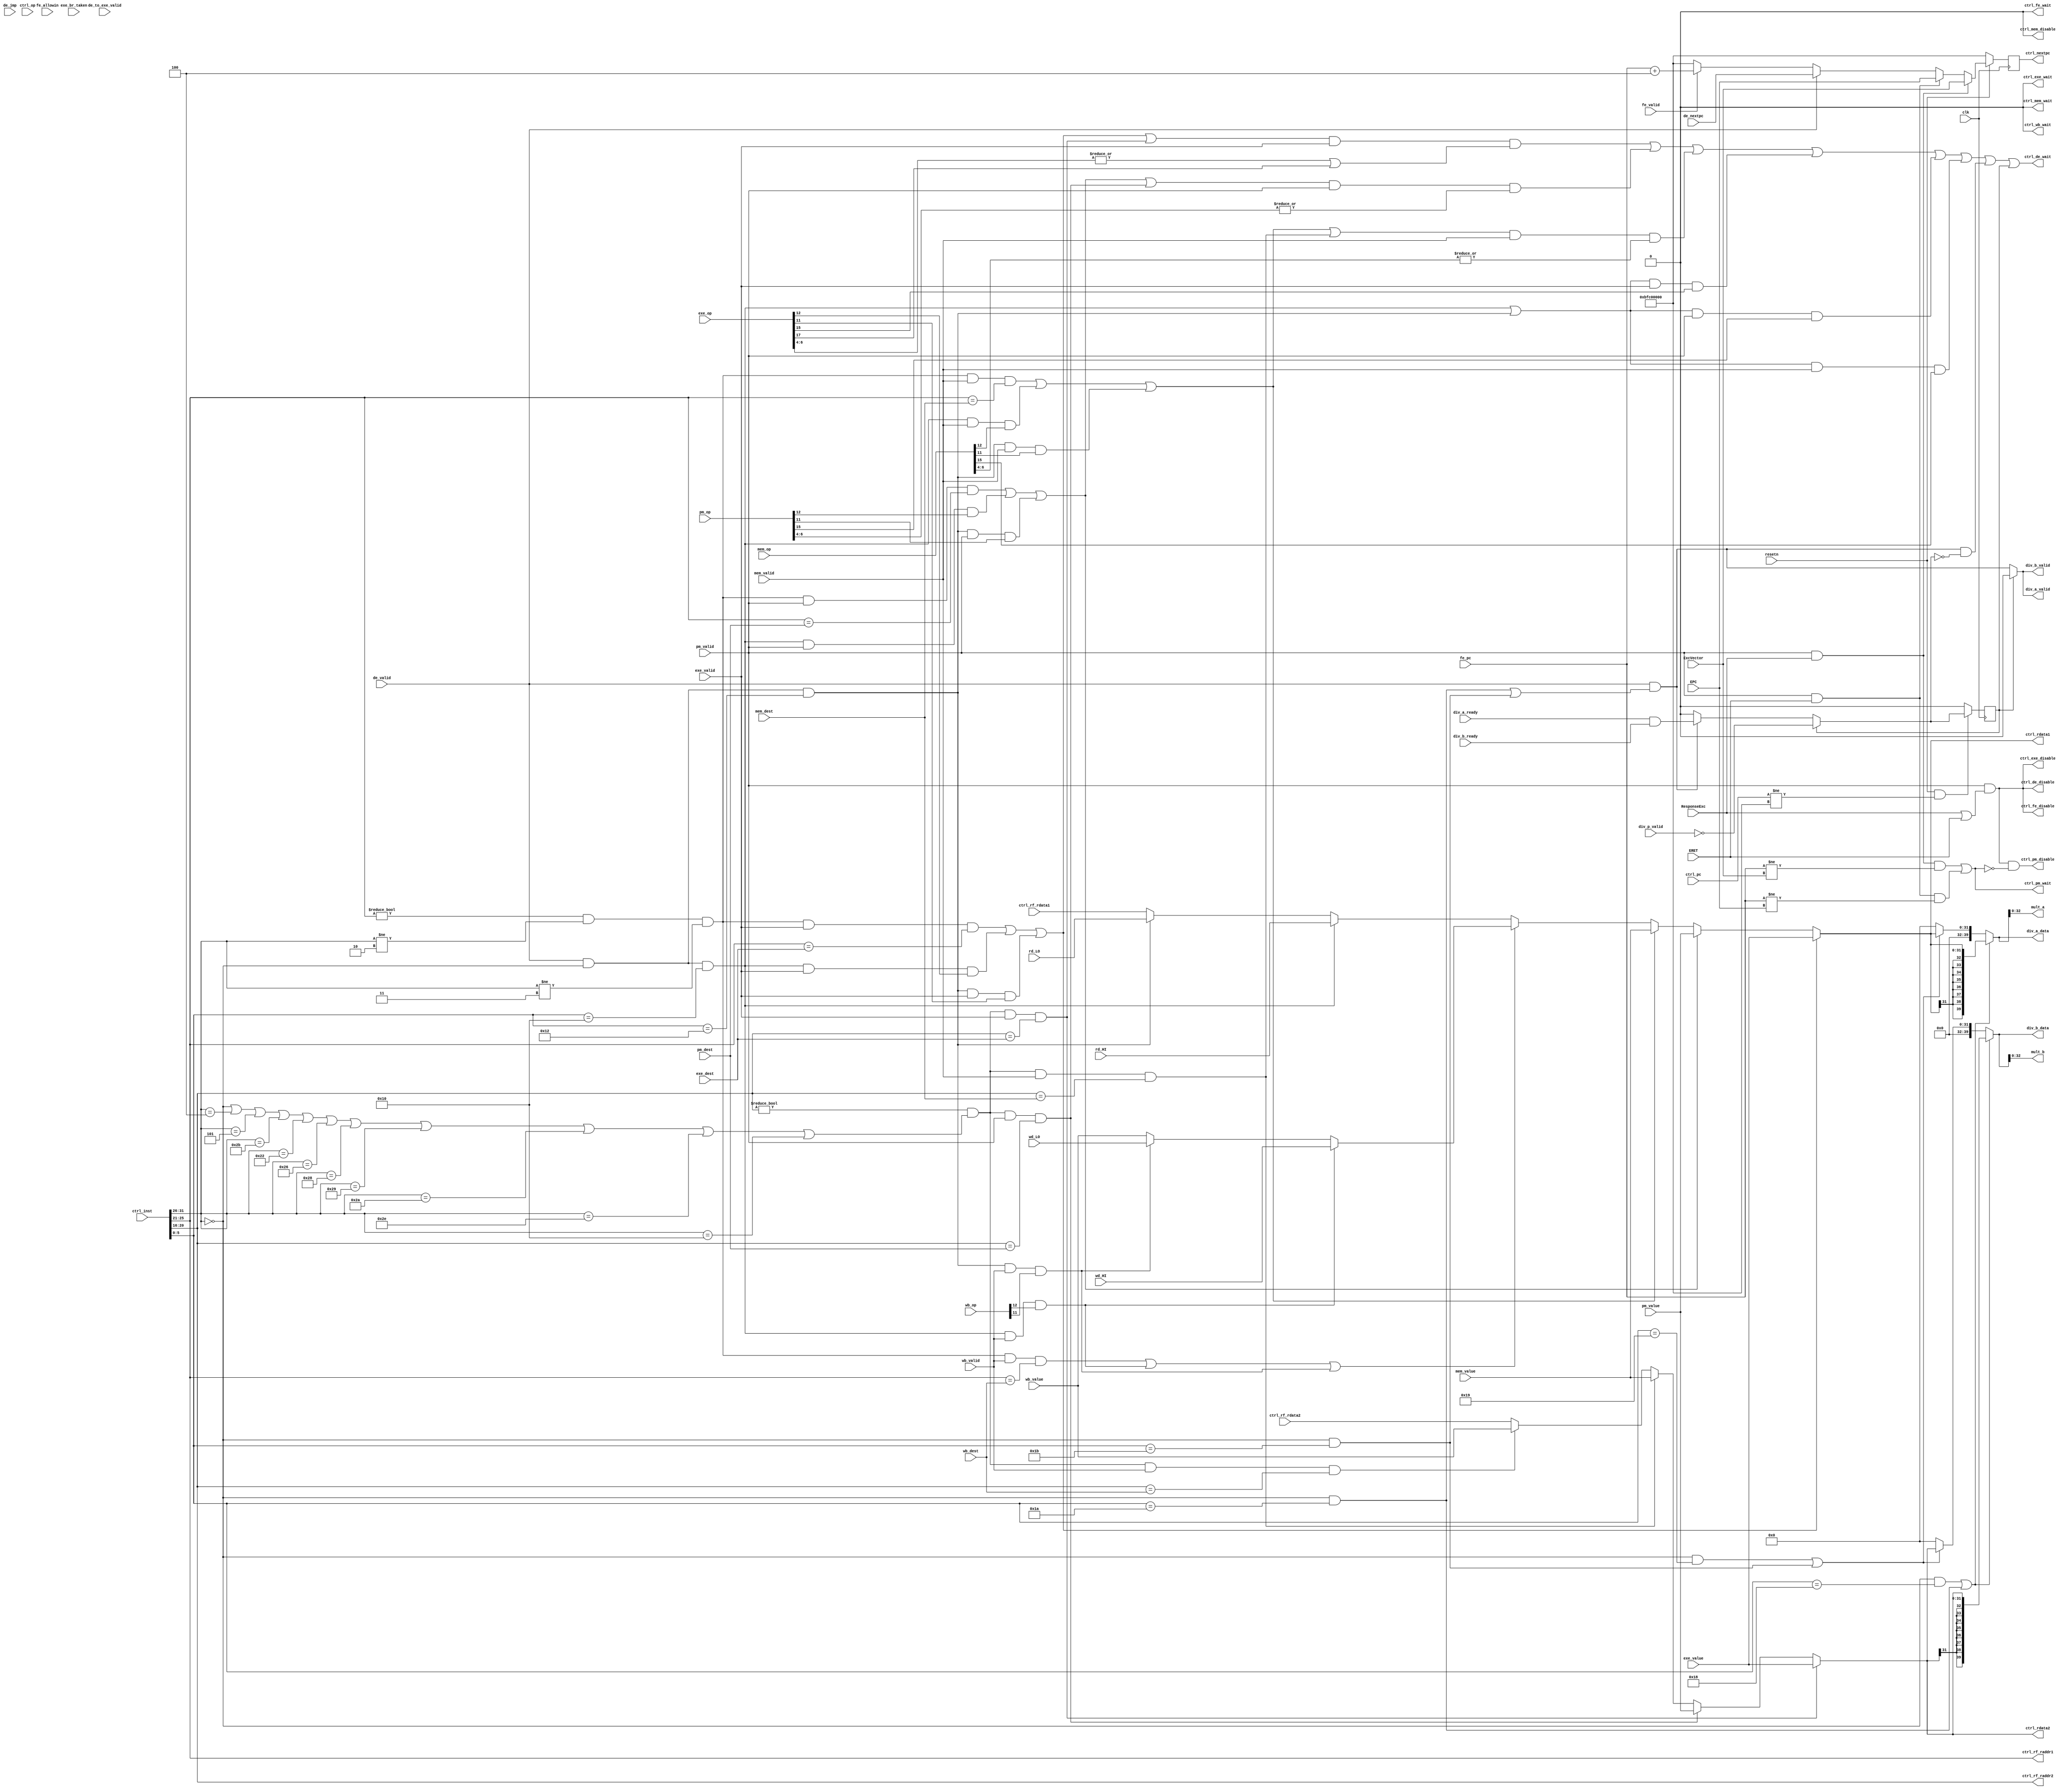

module controller(
    input  wire        clk,
    input  wire        resetn,

    input  wire        de_valid,
    input  wire [31:0] ctrl_pc,
    input  wire [31:0] ctrl_inst,
    input  wire [19:0] ctrl_op,
    input  wire        exe_valid,
    input  wire [19:0] exe_op,
    input  wire [ 4:0] exe_dest,
    input  wire        pm_valid,
    input  wire [19:0] pm_op,
    input  wire [ 4:0] pm_dest,
    input  wire        mem_valid,
    input  wire [19:0] mem_op,
    input  wire [ 4:0] mem_dest,
    input  wire        wb_valid,
    input  wire [19:0] wb_op,
    input  wire [ 4:0] wb_dest,

    output wire [ 4:0] ctrl_rf_raddr1,
    input  wire [31:0] ctrl_rf_rdata1,
    output wire [ 4:0] ctrl_rf_raddr2,
    input  wire [31:0] ctrl_rf_rdata2,

    input  wire [31:0] exe_value,
    input  wire [31:0] pm_value,
    input  wire [31:0] mem_value,
    input  wire [31:0] wb_value,

    output wire [31:0] ctrl_rdata1,
    output wire [31:0] ctrl_rdata2,

    input  wire [31:0] rd_HI,
    input  wire [31:0] rd_LO,
    input  wire [31:0] wd_HI,
    input  wire [31:0] wd_LO,

    output wire [32:0] mult_a,
    output wire [32:0] mult_b,

    output wire        div_a_valid,
    output wire [39:0] div_a_data,
    input  wire        div_a_ready,
    output wire        div_b_valid,
    output wire [39:0] div_b_data,
    input  wire        div_b_ready,
    input  wire        div_p_valid,

    output wire        ctrl_fe_wait,
    output wire        ctrl_fe_disable,
    output wire        ctrl_de_wait,
    output wire        ctrl_de_disable,
    output wire        ctrl_exe_wait,
    output wire        ctrl_exe_disable,
    output wire        ctrl_pm_wait,
    output wire        ctrl_pm_disable,
    output wire        ctrl_mem_wait,
    output wire        ctrl_mem_disable,
    output wire        ctrl_wb_wait,

    input  wire [31:0] de_nextpc,
    input  wire        de_jmp,
    input  wire        exe_br_taken,
    input  wire        fe_valid,
    input  wire [31:0] fe_pc,
    input  wire        fe_allowin,

    output reg  [31:0] ctrl_nextpc,

    input  wire        ResponseExc,
    input  wire [31:0] ExcVector,
    input  wire        ERET,
    input  wire [31:0] EPC,

    input  wire        de_to_exe_valid
);

    wire [ 5:0] opcode;
    wire        rs_read;
    wire        rt_read;
    wire        HI_read;
    wire        LO_read;

    wire        exe_ld;
    wire        pm_ld;
    wire        mem_ld;
    wire        wb_ld;

    wire        rs_exe_hazard;
    wire        rt_exe_hazard;
    wire        HI_exe_hazard;
    wire        LO_exe_hazard;
    wire        rs_pm_hazard;
    wire        rt_pm_hazard;
    wire        HI_pm_hazard;
    wire        LO_pm_hazard;
    wire        rs_mem_hazard;
    wire        rt_mem_hazard;
    wire        HI_mem_hazard;
    wire        LO_mem_hazard;
    wire        rs_wb_hazard;
    wire        rt_wb_hazard;
    wire        HI_wb_hazard;
    wire        LO_wb_hazard;

    wire        exe_mult;
    wire        pm_mult;
    wire        mem_mult;

    wire        op_mult;
    wire        op_multu;
    wire        op_div;
    wire        op_divu;

    wire [39:0] md_a;
    wire [39:0] md_b;
    wire [31:0] wb_real_value;

    reg         dividing;
    wire        next_dividing;
    wire        div_valid;

    always @(posedge clk) begin
        // if(!(resetn && de_valid && ctrl_pc != 32'hbfc00000))
        if(!(resetn && ctrl_pc != 32'hbfc00000))
            dividing <= 1'b0;
        else
            dividing <= next_dividing;
    end

    assign opcode        = ctrl_inst[31:26];
    assign rs_read       = ctrl_rf_raddr1 != 5'd0 &&
                           opcode != 6'b000010 &&
                           opcode != 6'b000011 ;
    assign rt_read       = ctrl_rf_raddr2 != 5'd0 && (
                           opcode == 6'b000000 || // SPECIAL
                           opcode == 6'b000100 || // BEQ
                           opcode == 6'b000101 || // BNE
                           opcode == 6'b101011 || // SW
                           opcode == 6'b100010 || // LWL
                           opcode == 6'b100110 || // LWR
                           opcode == 6'b101000 || // SB
                           opcode == 6'b101001 || // SH
                           opcode == 6'b101010 || // SWL
                           opcode == 6'b101110 || // SWR
                           opcode == 6'b010000 ); // MTC0

    assign exe_ld        = | exe_op[6:4];
    assign exe_mfc0      = exe_op[17];
    assign pm_ld         = | pm_op[6:4];
    assign mem_ld        = | mem_op[6:4];
    assign wb_ld         = | wb_op[6:4];
    assign exe_mult      = exe_op[15];
    assign pm_mult       = pm_op[15];
    assign mem_mult      = mem_op[15];

    assign rs_exe_hazard = (rs_read && exe_valid && (ctrl_rf_raddr1 == exe_dest))
                        || HI_exe_hazard || LO_exe_hazard;
    assign rt_exe_hazard = rt_read && exe_valid && (ctrl_rf_raddr2 == exe_dest);

    assign rs_pm_hazard  = (rs_read && pm_valid && (ctrl_rf_raddr1 == pm_dest))
                        || HI_pm_hazard || LO_pm_hazard;
    assign rt_pm_hazard  = rt_read && pm_valid && (ctrl_rf_raddr2 == pm_dest);

    assign rs_mem_hazard = (rs_read && mem_valid && (ctrl_rf_raddr1 == mem_dest))
                        || HI_mem_hazard || LO_mem_hazard;
    assign rt_mem_hazard = rt_read && mem_valid && (ctrl_rf_raddr2 == mem_dest);

    assign rs_wb_hazard  = (rs_read && wb_valid  && (ctrl_rf_raddr1 == wb_dest))
                        || HI_wb_hazard || LO_wb_hazard;
    assign rt_wb_hazard  = rt_read && wb_valid  && (ctrl_rf_raddr2 == wb_dest);

    // assign HI_read       = de_valid && de_to_exe_valid && opcode == 6'b000000 && ctrl_inst[5:0] == 6'b010000; // MFHI
    // assign LO_read       = de_valid && de_to_exe_valid && opcode == 6'b000000 && ctrl_inst[5:0] == 6'b010010; // MFLO

    assign HI_read       = de_valid && opcode == 6'b000000 && ctrl_inst[5:0] == 6'b010000; // MFHI
    assign LO_read       = de_valid && opcode == 6'b000000 && ctrl_inst[5:0] == 6'b010010; // MFLO

    assign HI_exe_hazard = HI_read && exe_valid && exe_op[12];
    assign LO_exe_hazard = LO_read && exe_valid && exe_op[11];
    assign HI_pm_hazard  = HI_read && pm_valid  && pm_op[12];
    assign LO_pm_hazard  = LO_read && pm_valid  && pm_op[11];
    assign HI_mem_hazard = HI_read && mem_valid && mem_op[12];
    assign LO_mem_hazard = LO_read && mem_valid && mem_op[11];
    assign HI_wb_hazard  = HI_read && wb_valid  && wb_op[12];
    assign LO_wb_hazard  = LO_read && wb_valid  && wb_op[11];

    assign op_mult  = (opcode == 6'b000000 && ctrl_inst[5:0] == 6'b011000);
    assign op_multu = (opcode == 6'b000000 && ctrl_inst[5:0] == 6'b011001);
    assign op_div   = (opcode == 6'b000000 && ctrl_inst[5:0] == 6'b011010);
    assign op_divu  = (opcode == 6'b000000 && ctrl_inst[5:0] == 6'b011011);

    assign md_a = (op_mult  || op_div)  ? {{8{ctrl_rdata1[31]}}, ctrl_rdata1}
                : (op_multu || op_divu) ? {8'b0, ctrl_rdata1}
                : 40'd0 ;
    assign md_b = (op_mult  || op_div)  ? {{8{ctrl_rdata2[31]}}, ctrl_rdata2}
                : (op_multu || op_divu) ? {8'b0, ctrl_rdata2}
                : 40'd0 ;

    assign wb_real_value = HI_wb_hazard ? wd_HI
                         : LO_wb_hazard ? wd_LO
                         : wb_value ;


    assign next_dividing = dividing  ? ~div_p_valid
                         : div_valid ? (div_a_ready & div_b_ready)
                         : 1'b0 ;
    // assign div_valid     = de_valid && de_to_exe_valid && (op_div || op_divu);
    assign div_valid     = de_valid && (op_div || op_divu);

    assign ctrl_rf_raddr1 = ctrl_inst[25:21];
    assign ctrl_rf_raddr2 = ctrl_inst[20:16];
    assign ctrl_rdata1    = rs_exe_hazard ? exe_value
                          : rs_pm_hazard  ? pm_value
                          : rs_mem_hazard ? mem_value
                          : rs_wb_hazard  ? wb_real_value
                          : HI_read       ? rd_HI
                          : LO_read       ? rd_LO
                          : ctrl_rf_rdata1;
    assign ctrl_rdata2    = rt_exe_hazard ? exe_value
                          : rt_pm_hazard  ? pm_value
                          : rt_mem_hazard ? mem_value
                          : rt_wb_hazard  ? wb_value
                          : ctrl_rf_rdata2;

    assign ctrl_fe_wait   = 1'b0;
    assign ctrl_de_wait   = ((rs_exe_hazard || rt_exe_hazard) && exe_valid && (exe_ld || exe_mfc0))
                         || ((rs_pm_hazard  || rt_pm_hazard)  && pm_valid  && pm_ld )
                         || ((rs_mem_hazard || rt_mem_hazard) && mem_valid && mem_ld)
                         || ((HI_read || LO_read) && exe_valid && exe_mult)
                         || ((HI_read || LO_read) && pm_valid  && pm_mult )
                         || ((HI_read || LO_read) && mem_valid && mem_mult)
                         || (div_valid && !next_dividing) || dividing ;
    assign ctrl_exe_wait  = 1'b0;
    assign ctrl_pm_wait   = (pm_valid && ResponseExc && fe_pc != ExcVector)
                         || (pm_valid && ERET && fe_pc != EPC );
    assign ctrl_mem_wait  = 1'b0;
    assign ctrl_wb_wait   = 1'b0;

    // assign ctrl_fe_disable  = exe_valid & exe_op[13] & ~exe_br_taken;
    assign ctrl_fe_disable  = pm_valid && (ResponseExc || ERET);
    assign ctrl_de_disable  = pm_valid && (ResponseExc || ERET);
    assign ctrl_exe_disable = pm_valid && (ResponseExc || ERET);
    assign ctrl_pm_disable  = pm_valid && (ResponseExc || ERET) && !ctrl_pm_wait;
    assign ctrl_mem_disable = 1'b0;

    assign mult_a = md_a[32:0];
    assign mult_b = md_b[32:0];

    assign div_a_valid = dividing ? 1'b0 : div_valid;
    assign div_a_data  = md_a;
    assign div_b_valid = dividing ? 1'b0 : div_valid;
    assign div_b_data  = md_b;

    always @(posedge clk) begin
        if(!resetn) begin
            ctrl_nextpc <= 32'hbfc00000;
        end else if (pm_valid && ResponseExc) begin
            ctrl_nextpc <= ExcVector;
        end else if (pm_valid && ERET) begin
            ctrl_nextpc <= EPC;
        end else if (de_valid) begin
            ctrl_nextpc <= de_nextpc;
        end else if (!fe_valid) begin
            ctrl_nextpc <= 32'hbfc00000;
        end else begin
            ctrl_nextpc <= fe_pc + 32'd4;
        end
    end

endmodule